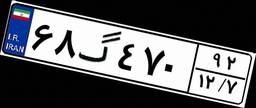
۶۸گ۴۷۰۹۲